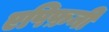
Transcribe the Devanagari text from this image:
एपिफ़नी